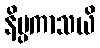
နိပ္ပကာသယိ